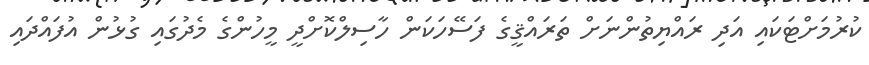
ކުރުމަށްޓަކައި އަދި ރައްޔިތުންނަށް ތަރައްޤީގެ ފަސޭހަކަން ހާސިލްކޮށްދީ މީހުންގެ މެދުގައި ގުޅުން އުފައްދައި